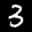
Label: 3